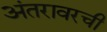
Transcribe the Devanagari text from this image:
अंतरावरची